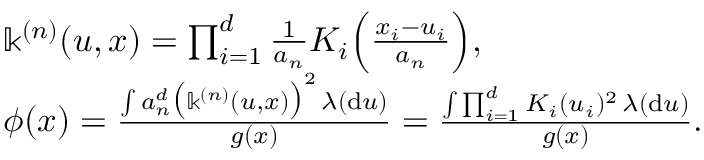
\begin{array} { r l } & { \mathbb { k } ^ { ( n ) } ( u , x ) = \prod _ { i = 1 } ^ { d } \frac { 1 } { a _ { n } } K _ { i } \Big ( \frac { x _ { i } - u _ { i } } { a _ { n } } \Big ) , } \\ & { \phi ( x ) = \frac { \int a _ { n } ^ { d } \big ( \mathbb { k } ^ { ( n ) } ( u , x ) \big ) ^ { 2 } \, \lambda ( \mathrm { d } u ) } { g ( x ) } = \frac { \int \prod _ { i = 1 } ^ { d } K _ { i } ( u _ { i } ) ^ { 2 } \, \lambda ( \mathrm { d } u ) } { g ( x ) } . } \end{array}